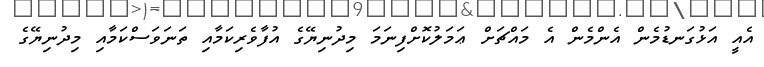
އެއީ އަޅުގަނޑުމެން އެންމެން އެ މައްޗަށް ޢަމަލުކޮށްފިނަމަ މިދުނިޔޭގެ އުފާވެރިކަމާއި ތަނަވަސްކަމާއި މިދުނިޔޭގެ